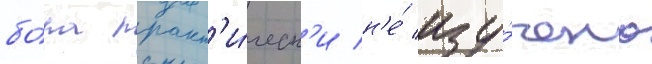
бо́ра практ'и́ческ'и н'е́ изу́чено